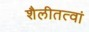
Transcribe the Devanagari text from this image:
शैलीतत्वां